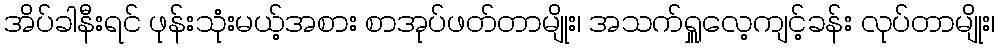
အိပ်ခါနီးရင် ဖုန်းသုံးမယ့်အစား စာအုပ်ဖတ်တာမျိုး၊ အသက်ရှူလေ့ကျင့်ခန်း လုပ်တာမျိုး၊